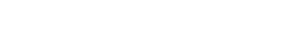
ဝင်ပေါက် တစ်ပေါက်တည်း ထား တယ်။